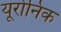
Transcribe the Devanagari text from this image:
यूरोनिक